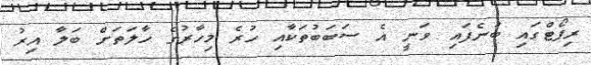
ރިޕޯޓްގައި ބުނެފައި ވަނީ އެ ސަބަބުތަކާއި ހުރެ މިހާރުގެ ހާލަތަށް ބަލާ އިރު